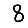
Digit: 8